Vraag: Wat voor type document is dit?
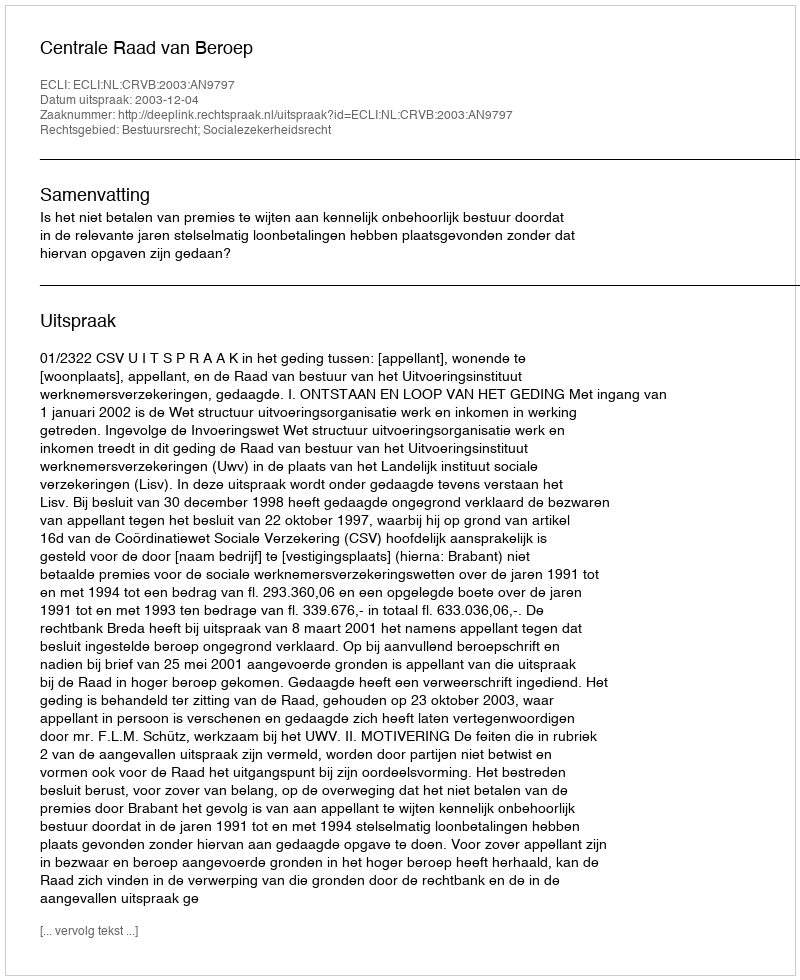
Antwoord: Uitspraak